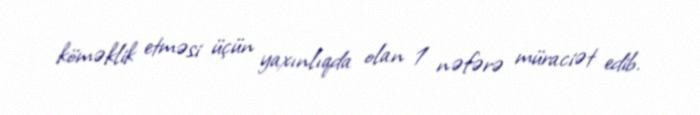
köməklik etməsi üçün yaxınlıqda olan 1 nəfərə müraciət edib.